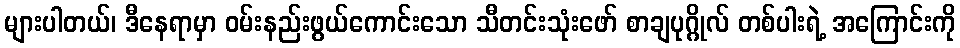
များပါတယ်၊ ဒီနေရာမှာ ဝမ်းနည်းဖွယ်ကောင်းသော သီတင်းသုံးဖော် စာချပုဂ္ဂိုလ် တစ်ပါးရဲ့ အကြောင်းကို